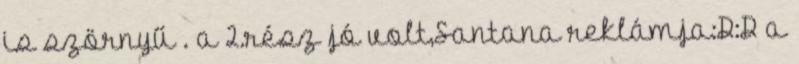
is szörnyű . a 2.rész jó volt,Santana reklámja:D:D a